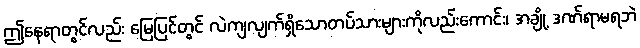
ဤနေရာတွင်လည်း မြေပြင်တွင် လဲကျလျက်ရှိသောတပ်သားများကိုလည်းကောင်း၊ အချို့ ဒဏ်ရာမရဘဲ